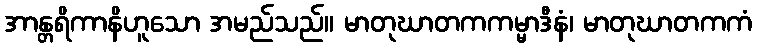
အာန္တရိကာနိဟူသော အမည်သည်။ မာတုဃာတကကမ္မာဒီနံ၊ မာတုဃာတကကံ